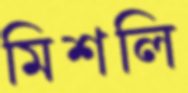
মিশলি